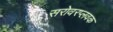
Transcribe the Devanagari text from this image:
सरोवरप्लवक